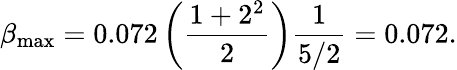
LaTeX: \beta_{\mathrm{max}}=0.072\left({\frac{1+2^{2}}{2}}\right){\frac{1}{5/2}}=0.072.